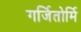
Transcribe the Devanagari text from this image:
गर्जितोर्मि